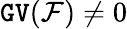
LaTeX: \mathtt{GV}({\mathcal F})\neq 0